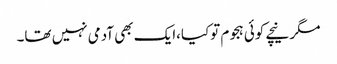
مگر نیچے کوئی ہجوم توکیا،ایک بھی آدمی نہیں تھا۔